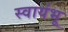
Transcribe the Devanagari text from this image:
स्वायंभू